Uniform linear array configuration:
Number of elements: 16
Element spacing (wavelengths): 0.5
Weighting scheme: exponential
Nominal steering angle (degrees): -30
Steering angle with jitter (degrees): -29.171
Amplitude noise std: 0.05
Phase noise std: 0.05

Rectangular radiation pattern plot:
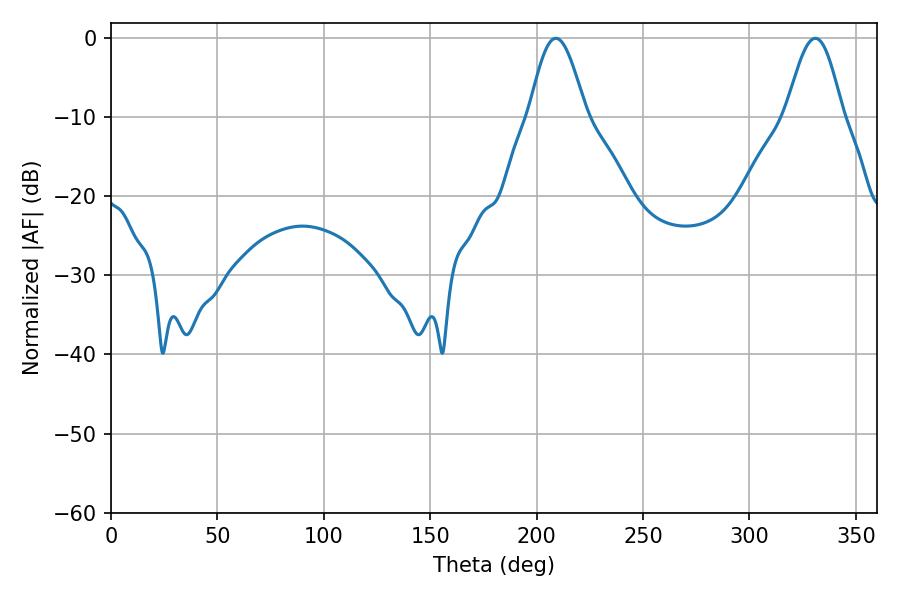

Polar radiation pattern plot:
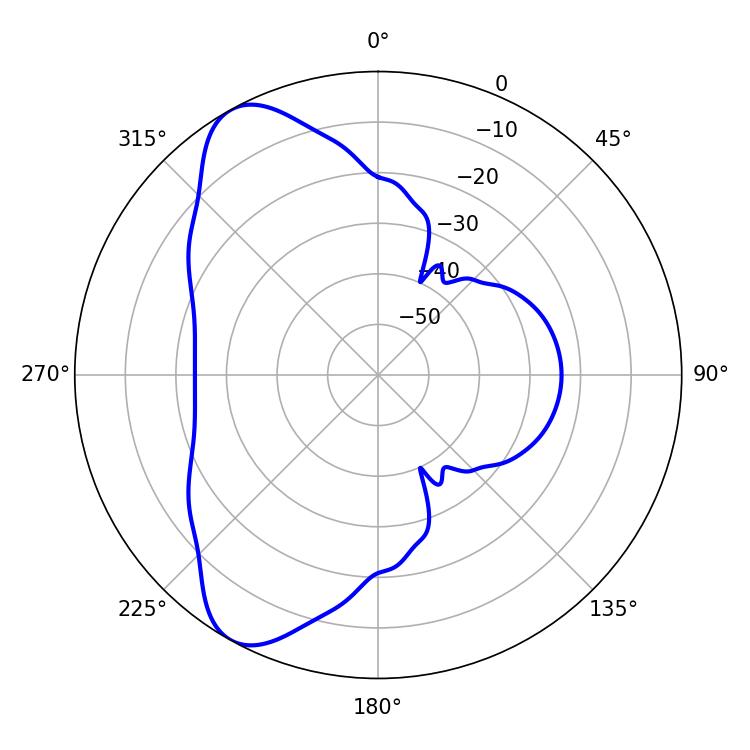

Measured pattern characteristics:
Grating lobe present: FALSE
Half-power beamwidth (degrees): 14.22
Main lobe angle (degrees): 208.98